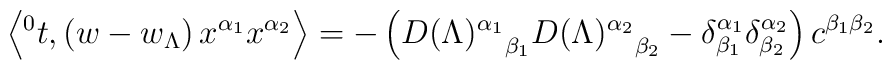
\left\langle {^0t},  \left( w- w_{\Lambda} \right)x^{\alpha_1}x^{\alpha_2}\right\rangle = - \left( {D(\Lambda) ^{\alpha_1}}_{\beta_1} {D(\Lambda) ^{\alpha_2}}_{\beta_2} - \delta  ^{\alpha_1}_{\beta_1}  \delta  ^{\alpha_2}_{\beta_2} \right) c^{\beta_1 \beta_2}.